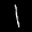
Label: 1